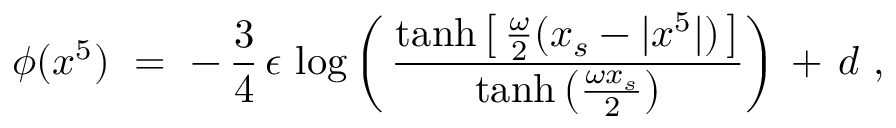
\phi ( x ^ { 5 } ) \ = \ - \, \frac { 3 } { 4 } \, \epsilon \, \log \left( \, \frac { \operatorname { t a n h } \left[ \, \frac { \omega } { 2 } ( x _ { s } - | x ^ { 5 } | ) \, \right] } { \operatorname { t a n h } \left( \frac { \omega x _ { s } } { 2 } \right) } \right) \, + \, d \ ,